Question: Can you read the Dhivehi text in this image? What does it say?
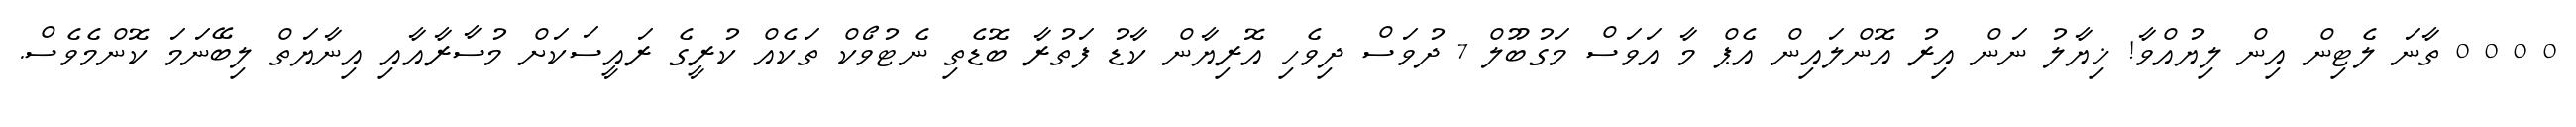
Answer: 0 0 0 0 ތާނަ ލެޓިން އިން ލިޔުއްވާ! ޚިޔާލު ނަން އިރު އޮންލައިން އެޕް މާ އަވަސް މަގުބޫލް 7 ދުވަސް ދިވެހި އޮރިޔާން ކާޑު ފަތުރާ ބޮޑެތި ނެޓުވޯކް ތަކެއް ކުރީގެ ރައީސަކަށް މުސާރާއާއި އިނާޔަތް ލިބޭނަމަ ކޮންމެވެސް.